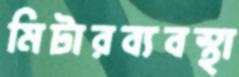
মিটারব্যবস্থা